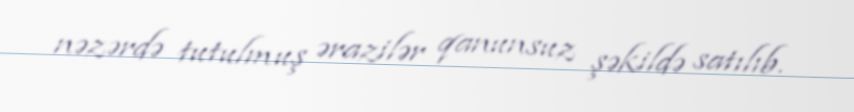
nəzərdə tutulmuş ərazilər qanunsuz şəkildə satılıb.